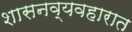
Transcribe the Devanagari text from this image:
शासनव्यवहारात